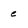
Character: e